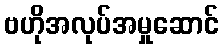
ဗဟိုအလုပ်အမှုဆောင်